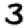
Digit: 3